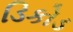
ડિકોડ